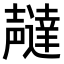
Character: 𫯇